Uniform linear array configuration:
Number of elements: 32
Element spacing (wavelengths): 0.5
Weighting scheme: hann
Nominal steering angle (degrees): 15
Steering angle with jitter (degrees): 15.178
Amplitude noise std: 0.05
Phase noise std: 0.05

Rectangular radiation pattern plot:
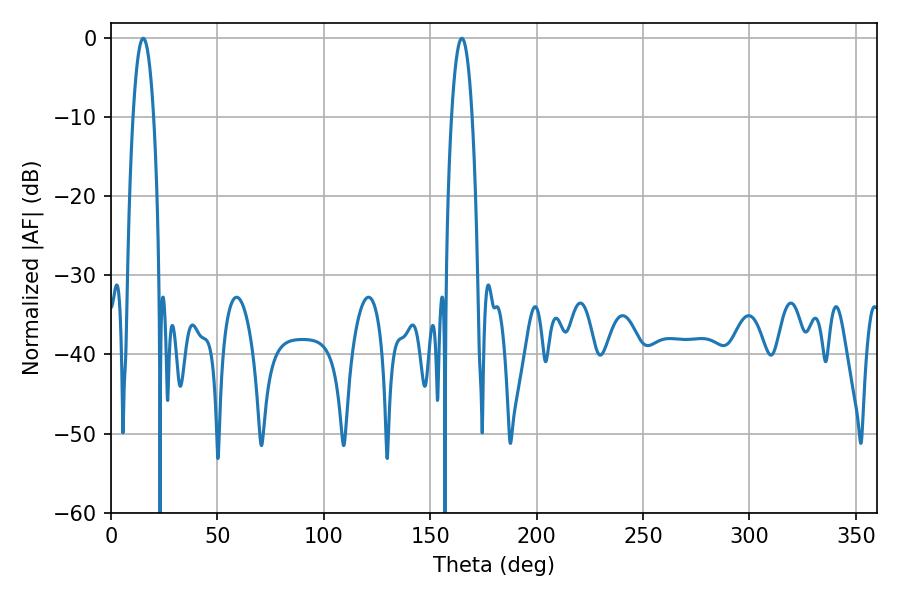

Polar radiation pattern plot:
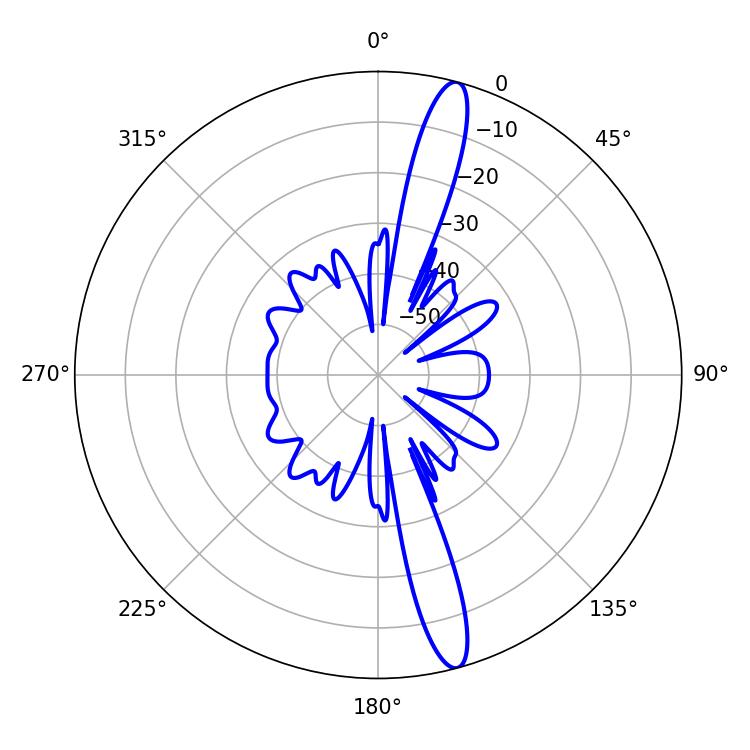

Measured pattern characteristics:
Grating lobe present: FALSE
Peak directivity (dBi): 15.797
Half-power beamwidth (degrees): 5.4
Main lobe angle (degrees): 15.12